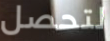
لتحصل